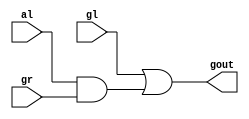
module PADOT(gl,al,gr,gout);
 input gl,al,gr;
 output gout;
 
 assign gout=gl|(al&gr);
 
endmodule